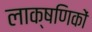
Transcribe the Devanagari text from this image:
लाक्षणिकों